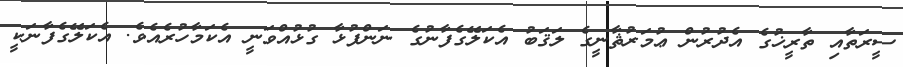
ސީރަތާއި ތާރީޚުގެ އެދުރުން ޢުމަރުޘާނީގެ ލަޤަބު އެކަލޭގެފާނުގެ ނަންފުޅާ ގުޅުއްވަނީ އެކަމާހުރެއެވެ. އެކަލޭގެފާނަކީ